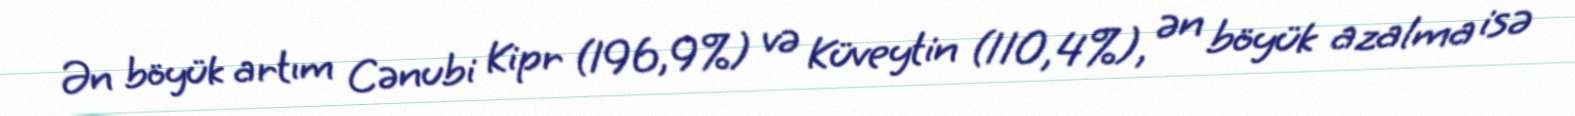
Ən böyük artım Cənubi Kipr (196,9%) və Küveytin (110,4%), ən böyük azalma isə